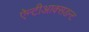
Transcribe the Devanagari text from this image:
ऐन्टीआक्सडन्ट